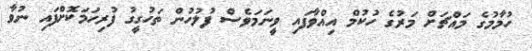
ހުމާމުގެ މައްޗަށް މަރުގެ ހުކުމް އިއްވާފައި ވީނަމަވެސް ފުލުހުން ތަހުގީގު ފުރިހަމަކޮށްފައި ނުވާ